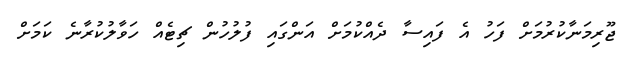
ޖޫރިމަނާކުރުމަށް ފަހު އެ ފައިސާ ދެއްކުމަށް އަންގައި ފުލުހުން ޗިޓެއް ހަވާލުކުރާނެ ކަމަށް